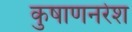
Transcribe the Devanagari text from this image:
कुषाणनरेश